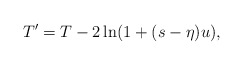
\begin{align*} T'=T-2\ln(1+(s-\eta)u),\end{align*}